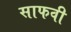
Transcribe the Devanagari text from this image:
साफवी